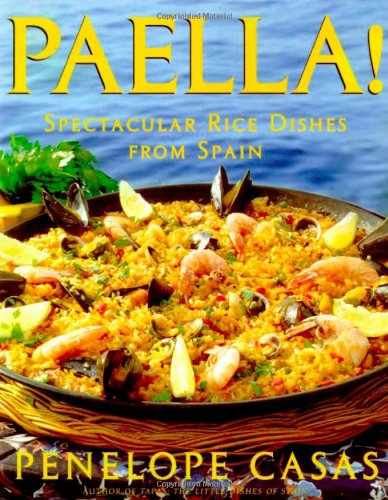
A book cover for Paella!: Spectacular Rice Dishes From Spain; Penelope Casas; Cookbooks, Food & Wine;